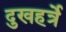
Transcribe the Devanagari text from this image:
दुखहर्त्रे